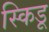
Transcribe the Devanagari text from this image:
स्किडू